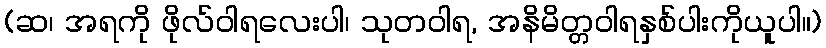
(ဆ၊ အရကို ဖိုလ်ဝါရလေးပါ၊ သုတဝါရ, အနိမိတ္တဝါရနှစ်ပါးကိုယူပါ။)